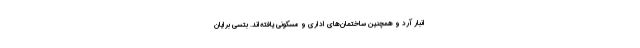
انبار آرد و همچنین ساختمان‌های اداری و مسکونی یافته‌اند. بتسی برایان